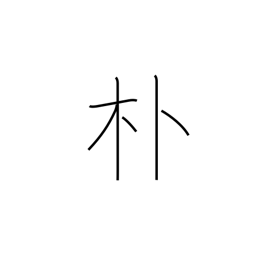
Meaning: simple